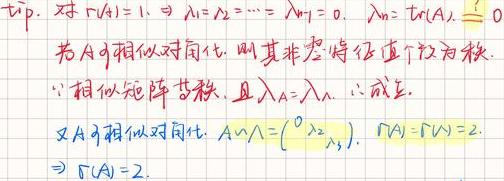
tip. 对$r(A)=1\Rightarrow \lambda_1=\lambda_2=\cdots=\lambda_{n - 1}=0,\ \lambda_n=\text{tr}(A).\ \underline{?}$
若$A$可相似对角化，则其非零特征值个数为秩.
$\because$相似矩阵等秩，且$\lambda_A=\lambda_{\wedge}$.$\therefore$成立.
又$A$可相似对角化$A\sim\wedge=\begin{pmatrix}0& & \\ &\ddots& \\ & &\lambda_n\end{pmatrix}, r(A)=r(\wedge)=2.$
$\Rightarrow r(A)=2.$